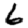
Digit: 6